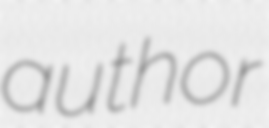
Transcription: author